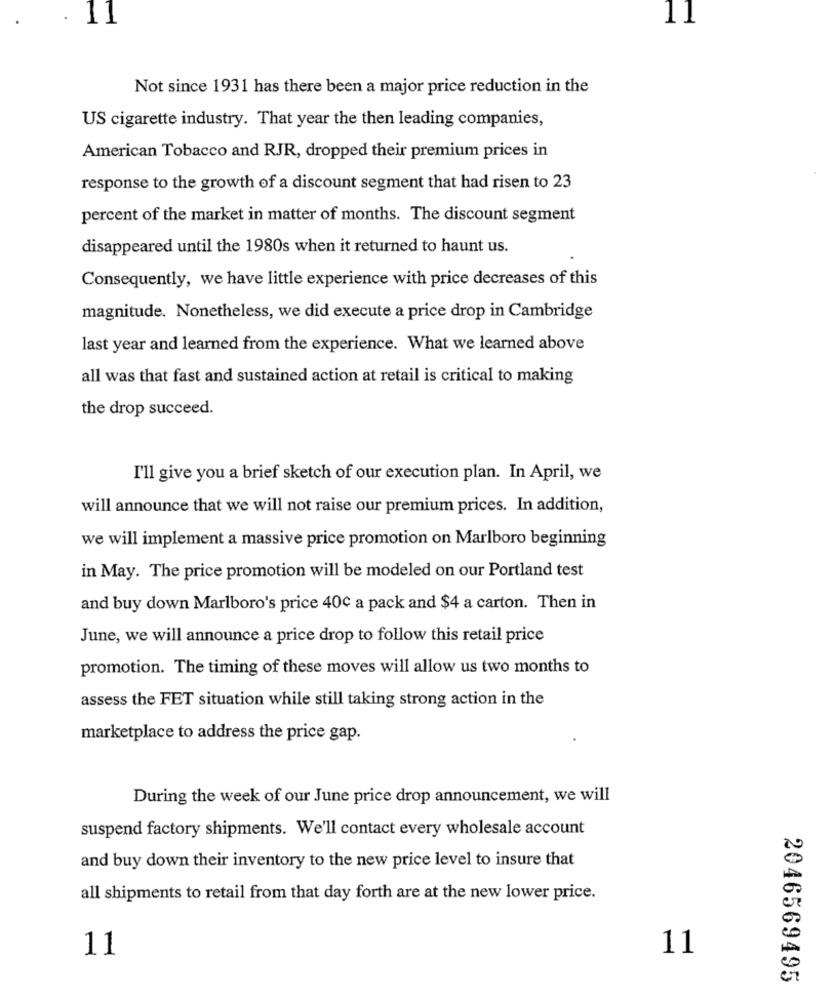
11
Not since 1931 has there been a major price reduction in the
US cigarette industry. That year the then leading companies,
American Tobacco and RJR, dropped their premium prices in
response to the growth of a discount segment that had risen to 23
percent of the market in matter of months. The discount segment
disappeared until the 1980s when it returned to haunt us.
Consequently, we have little experience with price decreases of this
magnitude. Nonetheless, we did execute a price drop in Cambridge
last year and learned from the experience. What we learned above
all was that fast and sustained action at retail is critical to making
the drop succeed.
I'll give you a brief sketch of our execution plan. In April, we
will announce that we will not raise our premium prices. In addition,
we will implement a massive price promotion on Marlboro beginning
in May. The price promotion will be modeled on our Portland test
and buy down Marlboro's price 400 a pack and $4 a carton. Then in
June, we will announce a price drop to follow this retail price
promotion. The timing of these moves will allow us two months to
assess the FET situation while still taking strong action in the
marketplace to address the price gap.
During the week of our June price drop announcement, we will
suspend factory shipments. We'll contact every wholesale account
and buy down their inventory to the new price level to insure that
all shipments to retail from that day forth are at the new lower price.
11
11
2046569495